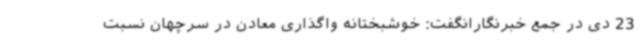
23 دی در جمع خبرنگارانگفت: خوشبختانه واگذاری معادن در سرچهان نسبت